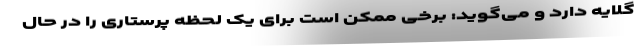
گلایه دارد و می‌گوید: برخی ممکن است برای یک لحظه پرستاری را در حال